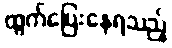
ထွက်ပြေးနေရသည့်